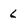
Character: 6